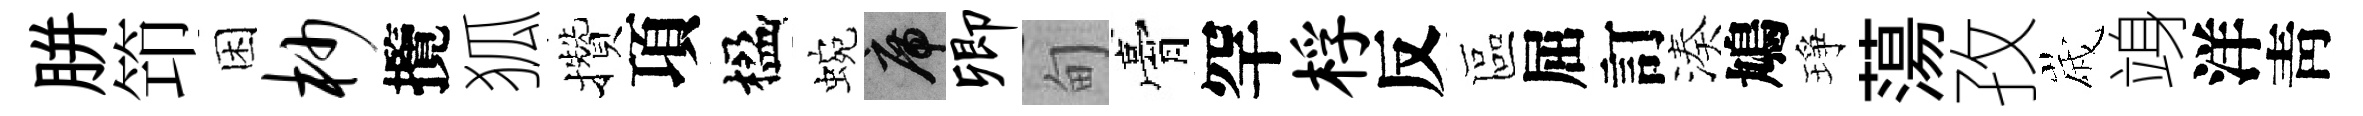
胼笻困杪攬狐攢項楹蜿席卿甸膏罕桴反區屈訂湊鳩琤蕩孜𡻕竧洋靑